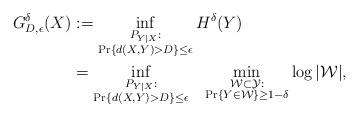
LaTeX: \begin{align*}G_{D, \epsilon}^{\delta}(X) &:= \inf_{\substack{P_{Y|X} : \\\Pr \{ d(X, Y) > D \} \leq \epsilon}} H^{\delta}(Y) \\&= \inf_{\substack{P_{Y|X} : \\\Pr \{ d(X, Y) > D \} \leq \epsilon}} ~~\min_{\substack{{\cal W} \subset {\cal Y} : \\\Pr \{ Y \in {\cal W} \} \geq 1-\delta}} \log |{\cal W}|, \end{align*}